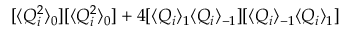
[ \langle Q _ { i } ^ { 2 } \rangle _ { 0 } ] [ \langle Q _ { i } ^ { 2 } \rangle _ { 0 } ] + 4 [ \langle Q _ { i } \rangle _ { 1 } \langle Q _ { i } \rangle _ { - 1 } ] [ \langle Q _ { i } \rangle _ { - 1 } \langle Q _ { i } \rangle _ { 1 } ]